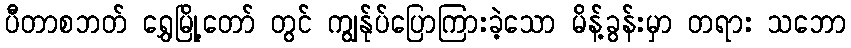
ပီတာစဘတ် ရွှေမြို့တော် တွင် ကျွန်ုပ်ပြောကြားခဲ့သော မိန့်ခွန်းမှာ တရား သဘော